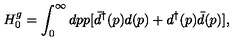
H _ { 0 } ^ { g } = \int _ { 0 } ^ { \infty } d p p [ { \bar { d } } ^ { \dag } ( p ) d ( p ) + d ^ { \dag } ( p ) \bar { d } ( p ) ] ,